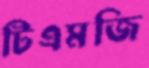
টিএমজি